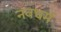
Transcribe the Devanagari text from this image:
नवधर्म